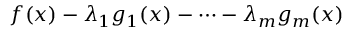
f ( x ) - \lambda _ { 1 } g _ { 1 } ( x ) - \dots - \lambda _ { m } g _ { m } ( x )